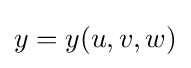
y=y(u,v,w)